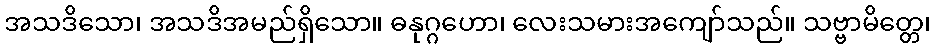
အသဒိသော၊ အသဒိအမည်ရှိသော။ ဓနုဂ္ဂဟော၊ လေးသမားအကျော်သည်။ သဗ္ဗာမိတ္တေ၊